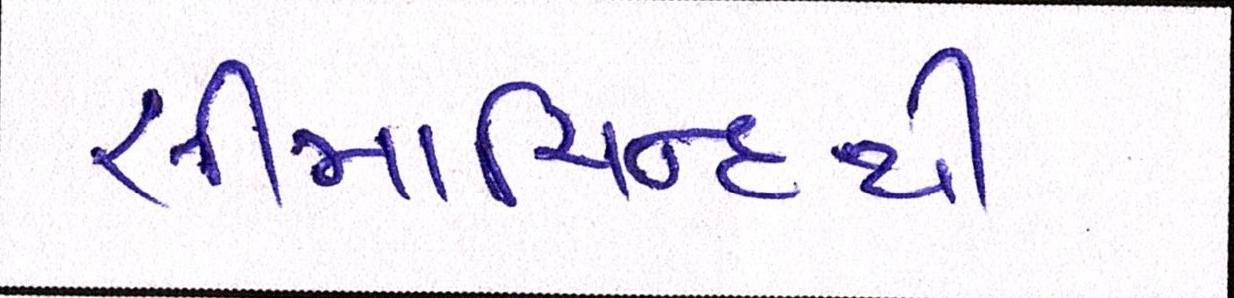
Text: સીમાચિન્હથી